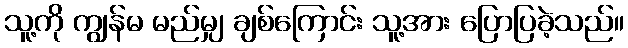
သူ့ကို ကျွန်မ မည်မျှ ချစ်ကြောင်း သူ့အား ပြောပြခဲ့သည်။